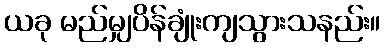
ယခု မည်မျှပိန်ချုံးကျသွားသနည်း။